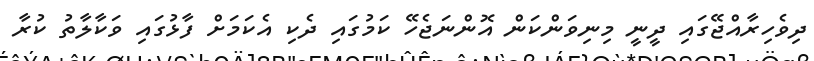
ދިވެހިރާއްޖޭގައި ދީނީ މިނިވަންކަން އޮންނަޖެހޭ ކަމުގައި ދެކި އެކަމަށް ފާޅުގައި ވަކާލާތު ކުރާ